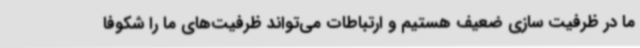
ما در ظرفیت‌ سازی ضعیف هستیم و ارتباطات می‌تواند ظرفیت‌های ما را شکوفا